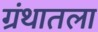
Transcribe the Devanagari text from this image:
ग्रंथातला